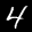
Label: 4